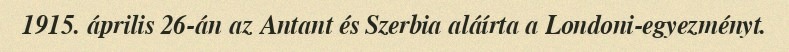
1915. április 26-án az Antant és Szerbia aláírta a Londoni-egyezményt.